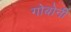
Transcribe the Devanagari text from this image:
गोबोर्नी